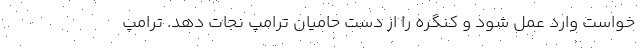
خواست وارد عمل شود و کنگره را از دست حامیان ترامپ نجات دهد. ترامپ